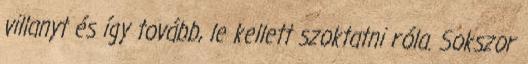
villanyt és így tovább, le kellett szoktatni róla. Sokszor